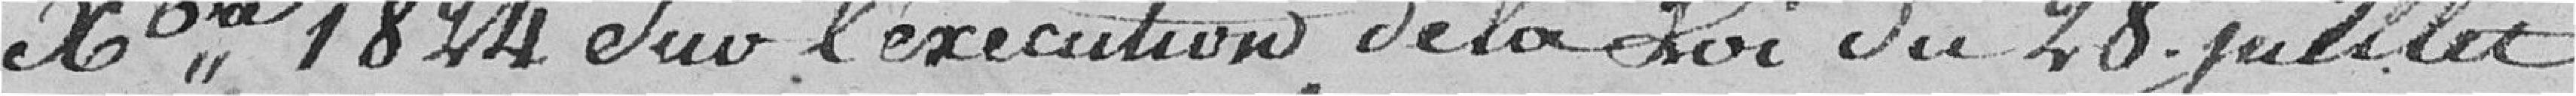
décembre 1824, sur l'exécution de la Loi du 28 juillet